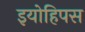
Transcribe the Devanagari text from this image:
इयोहिपस